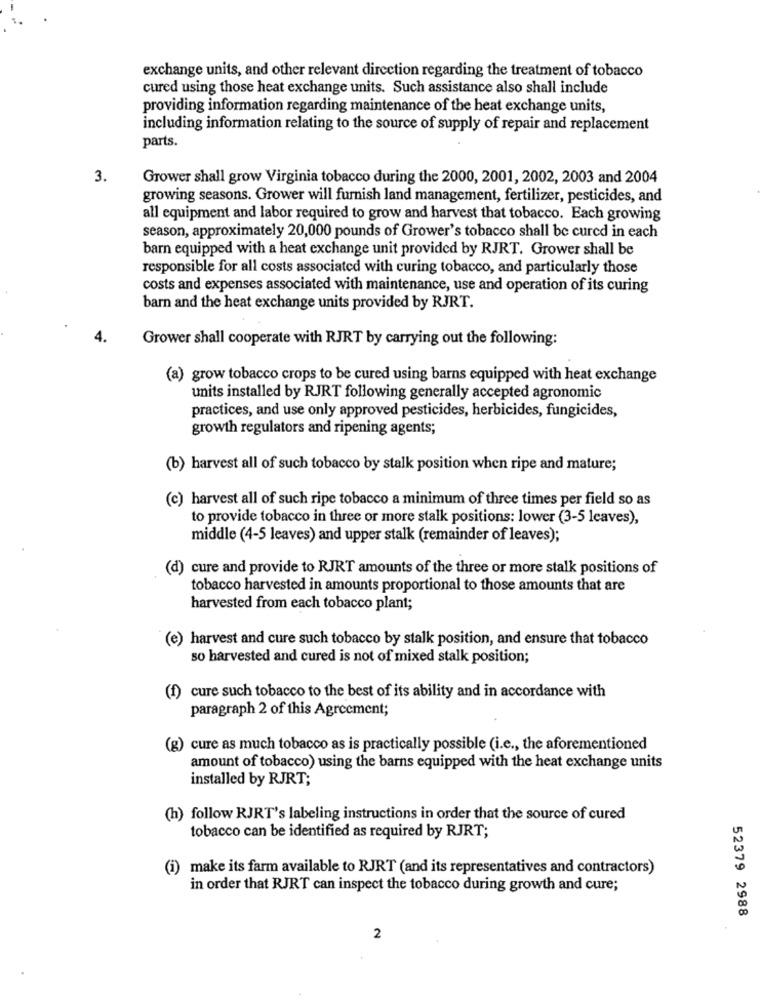
exchange units, and other relevant direction regarding the treatment of tobacco
cured using those heat exchange units. Such assistance also shall include
providing information regarding maintenance of the heat exchange units,
including information relating to the source of supply of repair and replacement
parts.
3.
Grower shall grow Virginia tobacco during the 2000, 2001, 2002, 2003 and 2004
growing seasons. Grower will furnish land management, fertilizer, pesticides, and
all equipment and labor required to grow and harvest that tobacco. Each growing
season, approximately 20,000 pounds of Grower's tobacco shall be cured in each
barn equipped with a heat exchange unit provided by RJRT. Grower shall be
responsible for all costs associated with curing tobacco, and particularly those
costs and expenses associated with maintenance, use and operation of its curing
barn and the heat exchange units provided by RJRT.
4.
Grower shall cooperate with RJRT by carrying out the following:
(a) grow tobacco crops to be cured using barns equipped with heat exchange
units installed by RJRT following generally accepted agronomic
practices, and use only approved pesticides, herbicides, fungicides,
growth regulators and ripening agents;
(b) harvest all of such tobacco by stalk position when ripe and mature;
(c) harvest all of such ripe tobacco a minimum of three times per field so as
to provide tobacco in three or more stalk positions: lower (3-5 leaves),
middle (4-5 leaves) and upper stalk (remainder of leaves);
(d) cure and provide to RJRT amounts of the three or more stalk positions of
tobacco harvested in amounts proportional to those amounts that are
harvested from each tobacco plant;
(e) harvest and cure such tobacco by stalk position, and ensure that tobacco
so harvested and cured is not of mixed stalk position;
(f) cure such tobacco to the best of its ability and in accordance with
paragraph 2 of this Agreement;
) cure as much tobacco as is practically possible (i.e ., the aforementioned
amount of tobacco) using the barns equipped with the heat exchange units
installed by RJRT;
(h) follow RJRT's labeling instructions in order that the source of cured
tobacco can be identified as required by RJRT;
(i) make its farm available to RJRT (and its representatives and contractors)
in order that RJRT can inspect the tobacco during growth and cure;
52379 2988
2